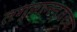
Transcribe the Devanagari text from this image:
लग्नानन्तरच